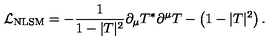
{ \cal L } _ { \mathrm { N L S M } } = - { \frac { 1 } { 1 - | T | ^ { 2 } } } \partial _ { \mu } T ^ { * } \partial ^ { \mu } T - \left( 1 - | T | ^ { 2 } \right) .